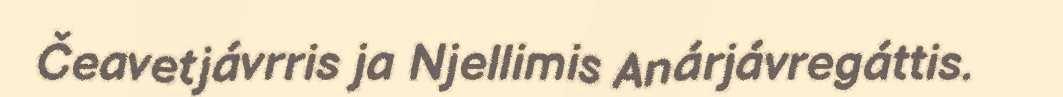
Čeavetjávrris ja Njellimis Anárjávregáttis.